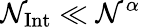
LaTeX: \mathcal{N}_{\mathrm{{Int}}}\ll\mathcal{N}^{\alpha}